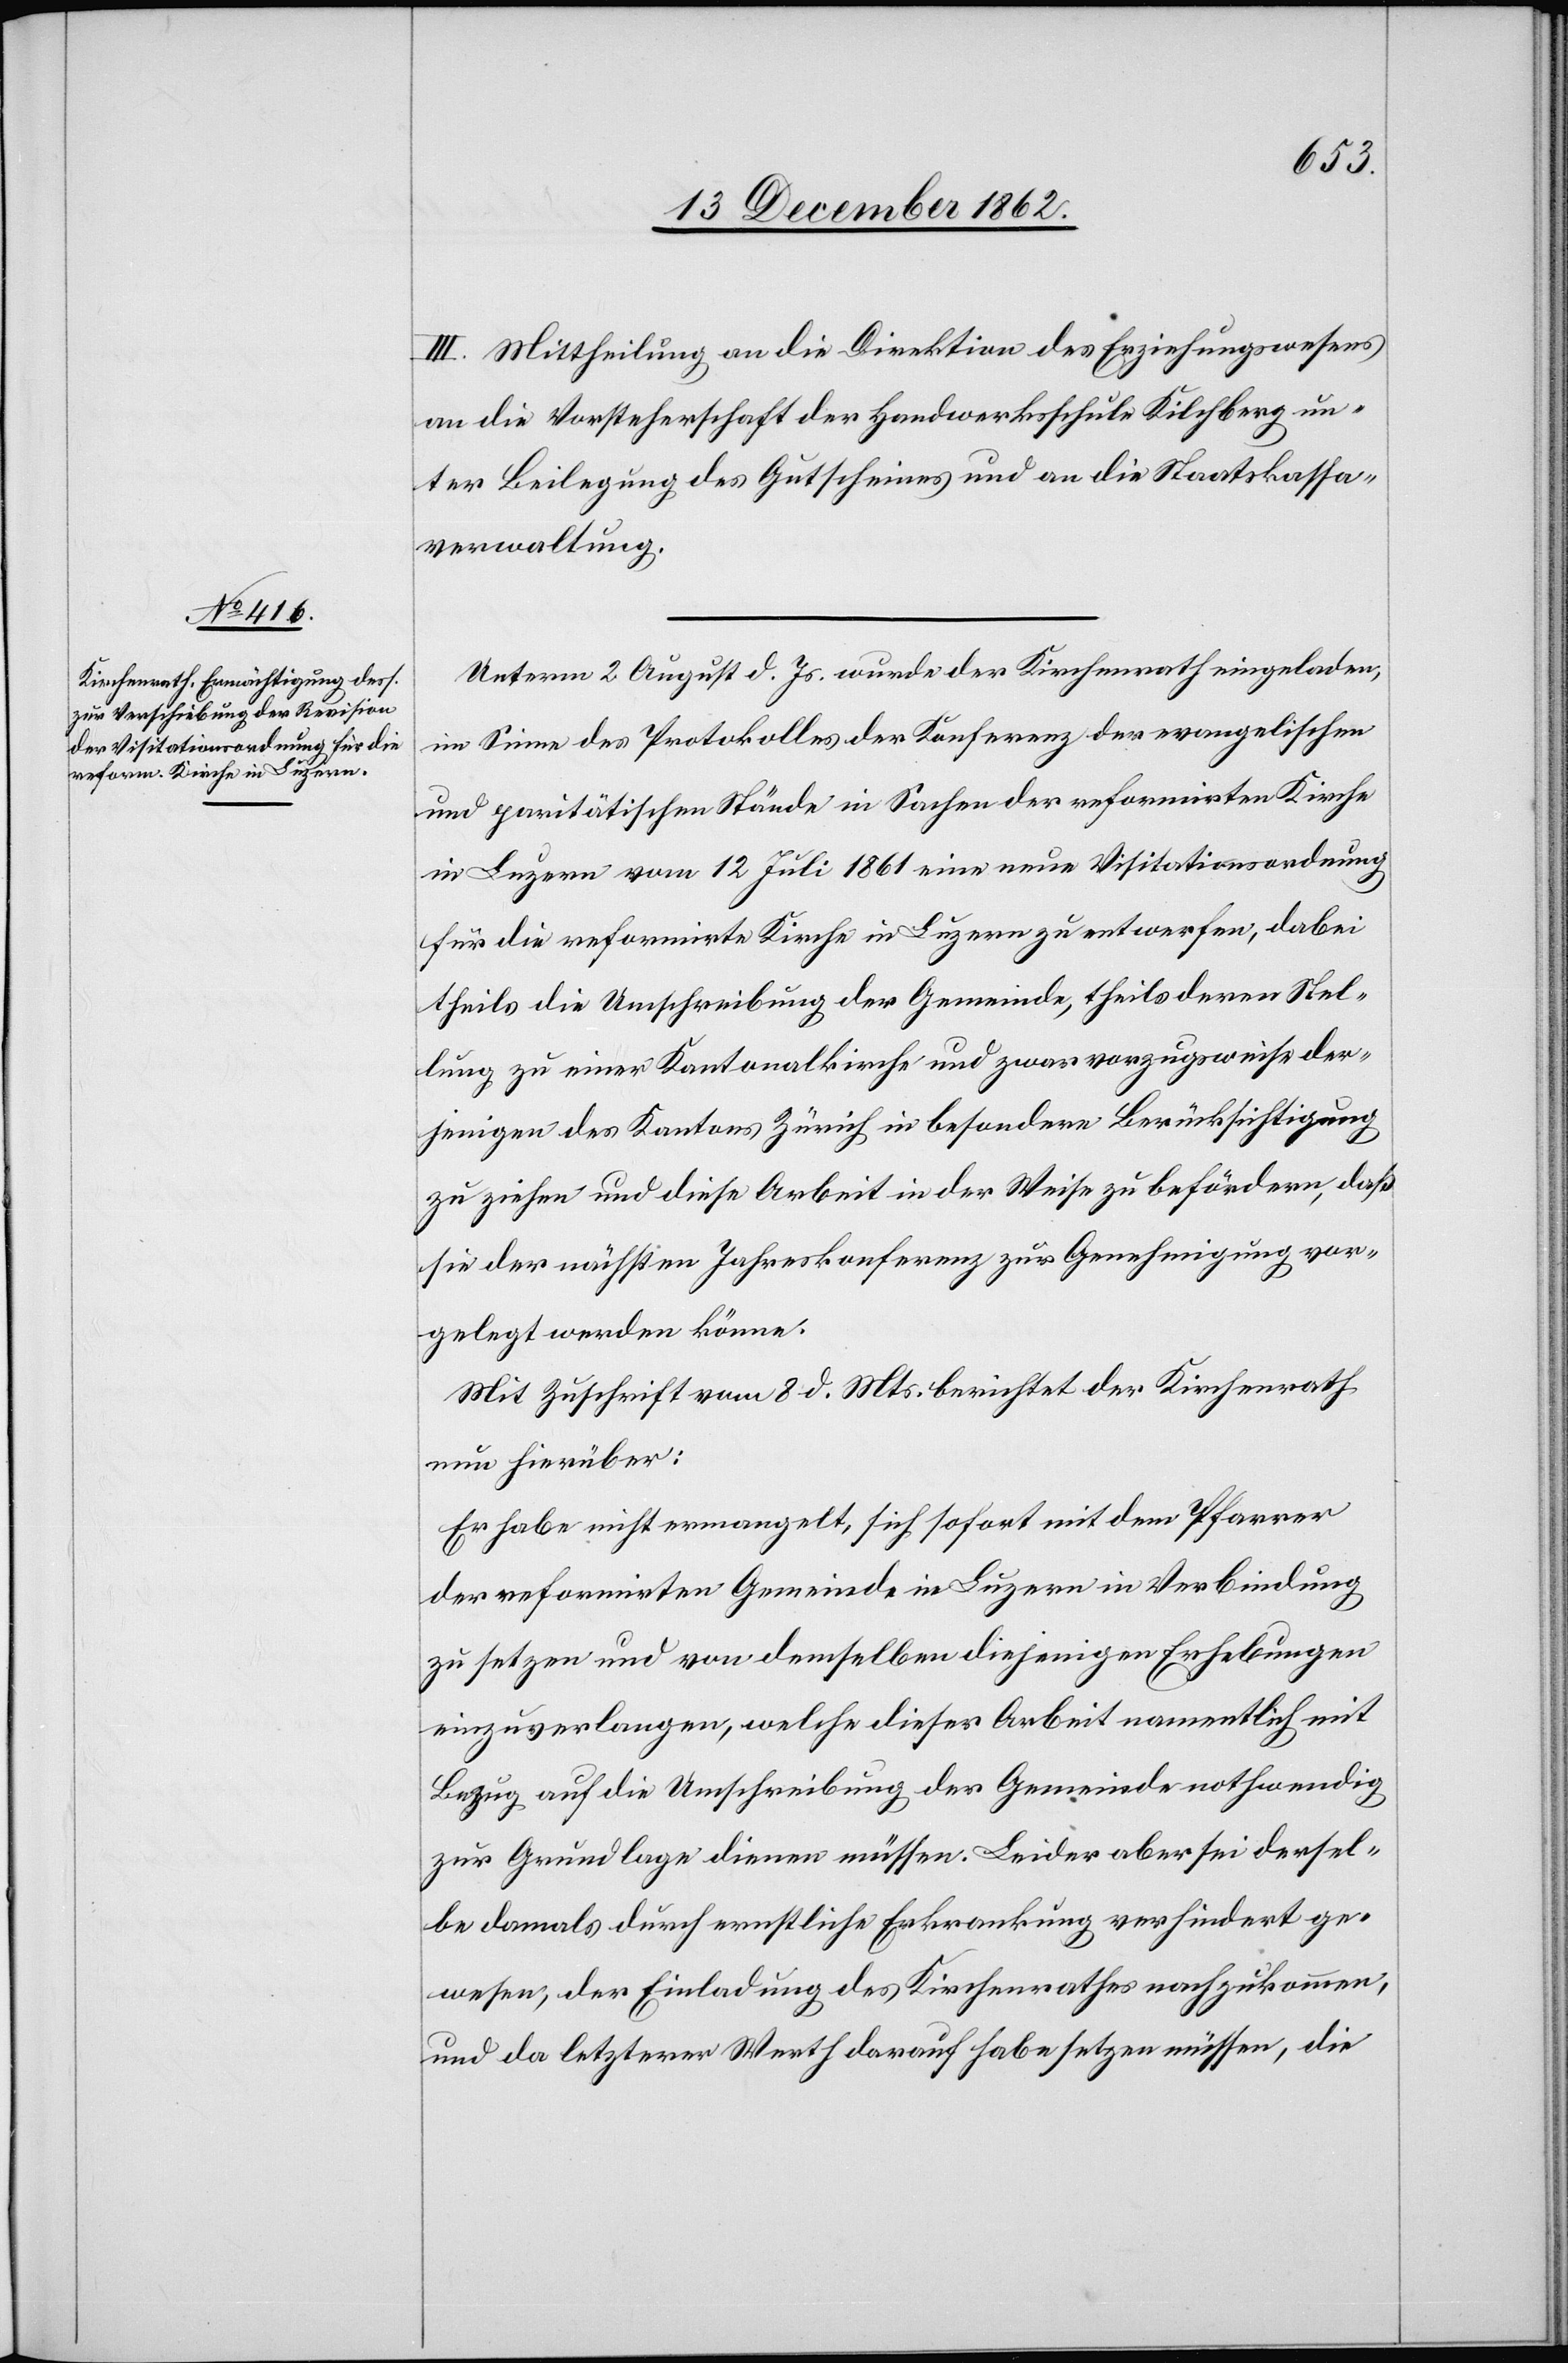
III. Mittheilung an die Direktion des Erziehungswesens
an die Vorsteherschaft der Handwerksschule Kilchberg un¬
ter Beilegung des Gutscheines und an die Staatskassa¬
verwaltung.
Unterm 2. August d. Js. wurde der Kirchenrath eingeladen,
im Sinne des Protokolles der Konferenz der evangelischen
und paritätischen Stände in Sachen der reformirten Kirche
in Luzern vom 12. Juli 1861 eine neue Visitationsordnung
für die reformirte Kirche in Luzern zu entwerfen, dabei
theils die Umschreibung der Gemeinde, theils deren Stel¬
lung zu einer Kantonalkirche und zwar vorzugsweise der¬
jenigen des Kantons Zürich in besondere Berücksichtigung
zu ziehen und diese Arbeit in der Weise zu befördern, daß
sie der nächsten Jahreskonferenz zur Genehmigung vor¬
gelegt werden könne.
Mit Zuschrift vom 8. d. Mts. berichtet der Kirchenrath
nun hierüber:
Er habe nicht ermangelt, sich sofort mit dem Pfarrer
der reformirten Gemeinde in Luzern in Verbindung
zu setzen und von demselben diejenigen Erhebungen
einzuverlangen, welche dieser Arbeit namentlich mit
Bezug auf die Umschreibung der Gemeinde nothwendig
zur Grundlage dienen müssen. Leider aber sei dersel¬
be damals durch ernstliche Erkrankung verhindert ge¬
wesen, der Einladung des Kirchenrathes nachzukommen,
und da letzterer Werth darauf habe setzen müssen, die